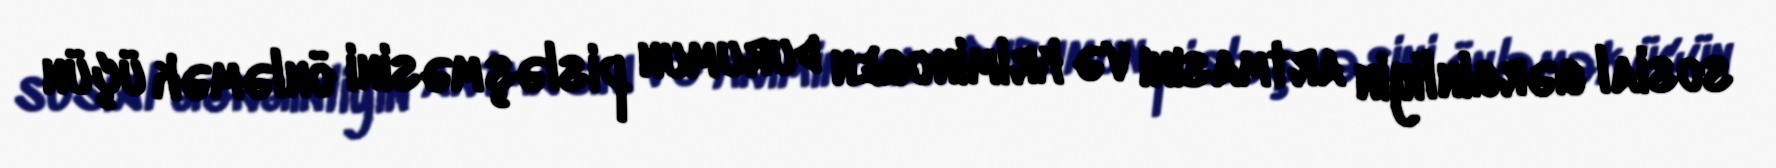
sosial gərginliyin artmasını və kriminogen durumun pisləşməsini önləmək üçün